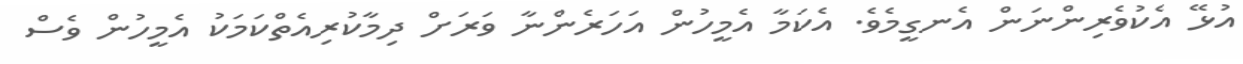
އުޅޭ އެކުވެރިންނަން އެނގީމެވެ. އެކަމާ އެމީހުން އަހަރެންނާ ވަރަށް ދިމާކުރިއެތްކަމަކު އެމީހުން ވެސް